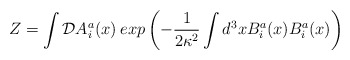
\begin{align*}Z=\int {\cal D}A_{i}^{a}(x)\:exp\left(-\frac{1}{2\kappa^{2}}\int d^{3}x B_{i}^{a}(x) B_{i}^{a}(x)\right)\end{align*}